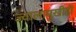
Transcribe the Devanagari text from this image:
ज्वालामुखीही